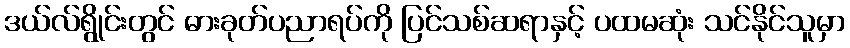
ဒယ်လ်ရွိုင်းတွင် ဓားခုတ်ပညာရပ်ကို ပြင်သစ်ဆရာနှင့် ပထမဆုံး သင်နိုင်သူမှာ